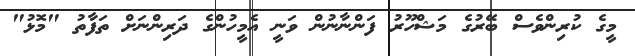
މީގެ ކުރިންވެސް ބޭރުގެ މަޝްހޫރު ފަންނާނުން ވަނީ އެމީހުންގެ ދަރިންނަށް ތަފާތު "މޮޅު"